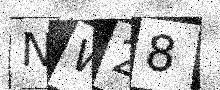
Text: NW28